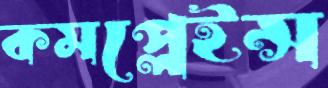
কমপ্লেইন্স